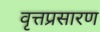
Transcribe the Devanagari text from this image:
वृत्तप्रसारण